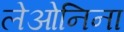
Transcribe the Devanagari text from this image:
लेओनिना